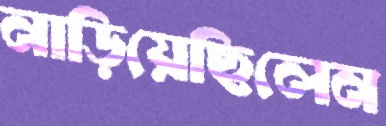
নাড়িয়েছিলেন